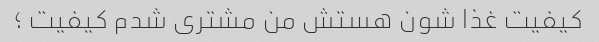
کیفیت غذا شون هستش من مشتری شدم کیفیت ؛